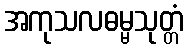
အကုသလဓမ္မသုတ္တံ